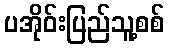
ပအိုဝ်းပြည်သူ့စစ်